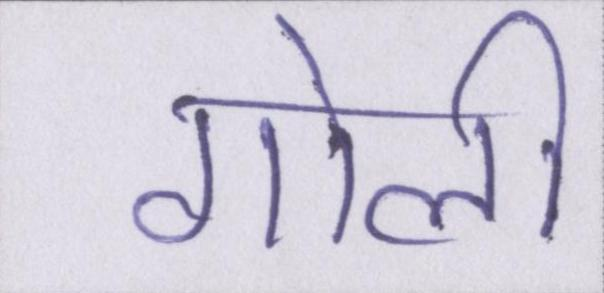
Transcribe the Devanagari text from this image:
गोली